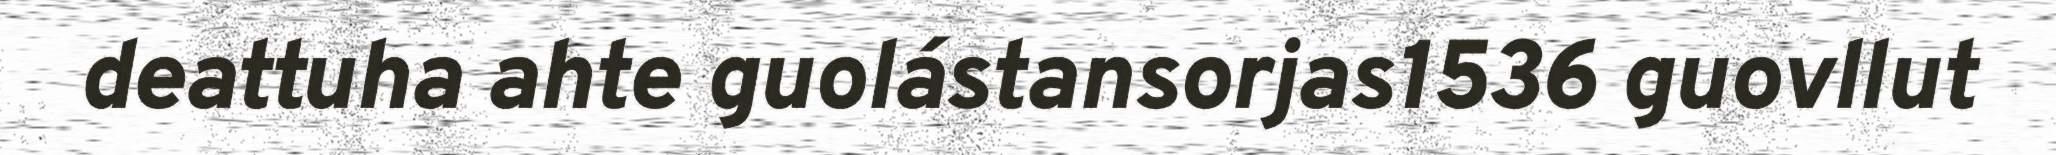
deattuha ahte guolástansorjas1536 guovllut